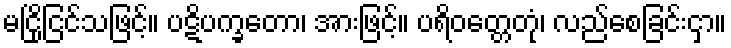
မငြိုငြင်သဖြင့်။ ပဋိပက္ခတော၊ အားဖြင့်။ ပရိဝတ္တေတုံ၊ လည်စေခြင်းငှာ။